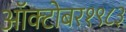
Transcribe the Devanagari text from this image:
ऑक्‍टोबर१९८३